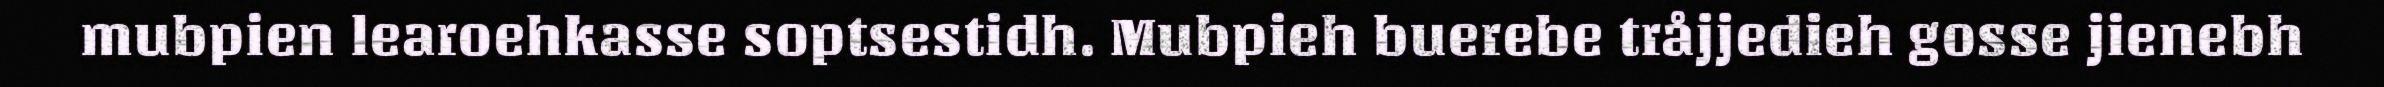
mubpien learoehkasse soptsestidh. Mubpieh buerebe tråjjedieh gosse jienebh